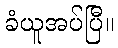
ခံယူအပ်ပြီ။